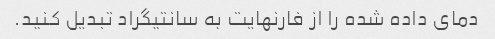
دمای داده شده را از فارنهایت به سانتیگراد تبدیل کنید.